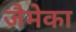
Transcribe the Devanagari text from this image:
जैमेका